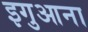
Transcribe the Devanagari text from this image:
इगुआना